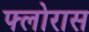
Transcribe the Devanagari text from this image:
फ्लोरास